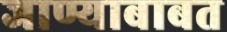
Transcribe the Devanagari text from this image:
जाण्याबाबत